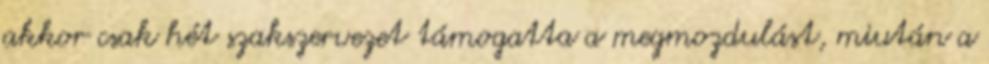
akkor csak hét szakszervezet támogatta a megmozdulást, miután a